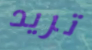
تريد